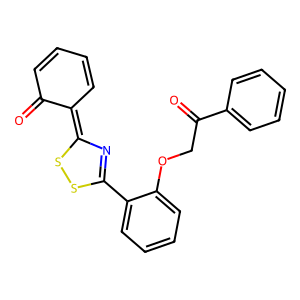
SMILES: O=C1C=CC=CC1=C1N=C(c2ccccc2OCC(=O)c2ccccc2)SS1
Inhibits HIV replication: No